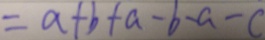
= a + b + a - b - a - c